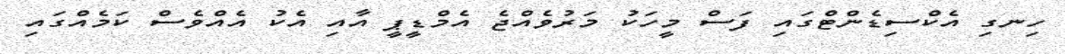
ހިނގި އެކްސިޑެންޓްގައި ފަސް މީހަކު މަރުވެއްޖެ އެމްޑީޕީ އާއި އެކު އެއްވެސް ކަމެއްގައި